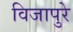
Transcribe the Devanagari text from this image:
विजापुरे